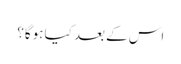
اس کے بعد کیا ہوگا؟